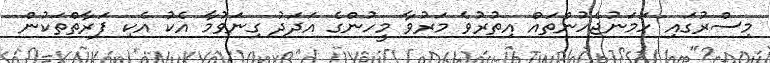
މިސްރުގައި ހަމަނުޖެހުންތައް އިތުރުވެ މަރުވާ މީހުންގެ އަދަދު ގިނަވުމާ އެކު އެކި ފަރާތްތަކުން